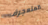
المتعجرف